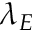
\lambda _ { E }